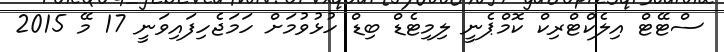
ސްޓޭޓް އިލެކްޓްރިކް ކޮމްޕެނީ ލިމިޓެޑް ބިޑް ހުޅުވުމަށް ހަމަޖެހިފައިވަނީ 17 މޭ 2015